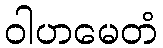
ဝါဟမေတံ